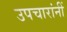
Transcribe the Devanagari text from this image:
उपचारांनीं